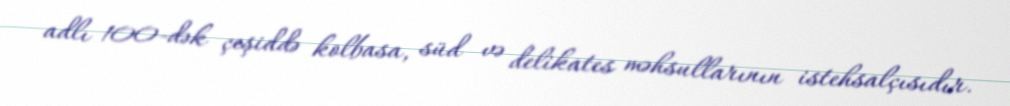
adlı 100-dək çeşiddə kolbasa, süd və delikates məhsullarının istehsalçısıdır.